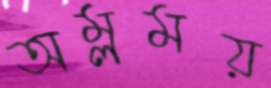
অম্লময়